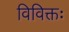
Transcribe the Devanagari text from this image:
विविक्तः